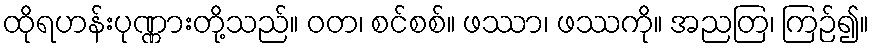
ထိုရဟန်းပုဏ္ဏားတို့သည်။ ဝတ၊ စင်စစ်။ ဖဿာ၊ ဖဿကို။ အညတြ၊ ကြဉ်၍။